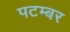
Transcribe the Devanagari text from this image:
पटम्‍बर